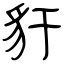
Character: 豻